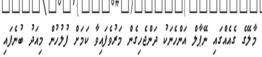
މާލޭގެ ގެއެއްގައި ނޭޕާލް އަންހެނަކު ދަންޖެހިގެން މަރުވެފައިވާ ކަމަށް ފުލުހުން މިއަދު ބުނެފައި